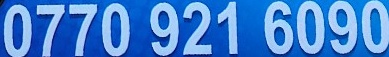
0770 921 6090